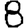
Digit: 8